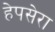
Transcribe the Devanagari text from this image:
हेपसेरा